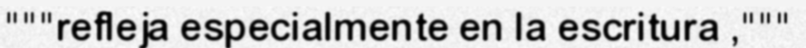
"""refleja especialmente en la escritura ,"""